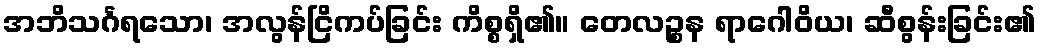
အဘိသင်္ဂရသော၊ အလွန်ငြိကပ်ခြင်း ကိစ္စရှိ၏။ တေလဉ္စန ရာဂေါဝိယ၊ ဆီစွန်းခြင်း၏